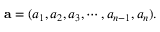
\mathbf { a } = ( a _ { 1 } , a _ { 2 } , a _ { 3 } , \cdots , a _ { n - 1 } , a _ { n } ) .